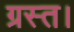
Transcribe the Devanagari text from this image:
ग्रस्त।